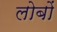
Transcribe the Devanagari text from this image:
लोबों